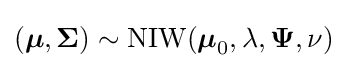
({\boldsymbol {\mu }},{\boldsymbol {\Sigma }})\sim \mathrm {NIW} ({\boldsymbol {\mu }}_{0},\lambda ,{\boldsymbol {\Psi }},\nu )